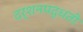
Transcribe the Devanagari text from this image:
दर्शनपद्धती